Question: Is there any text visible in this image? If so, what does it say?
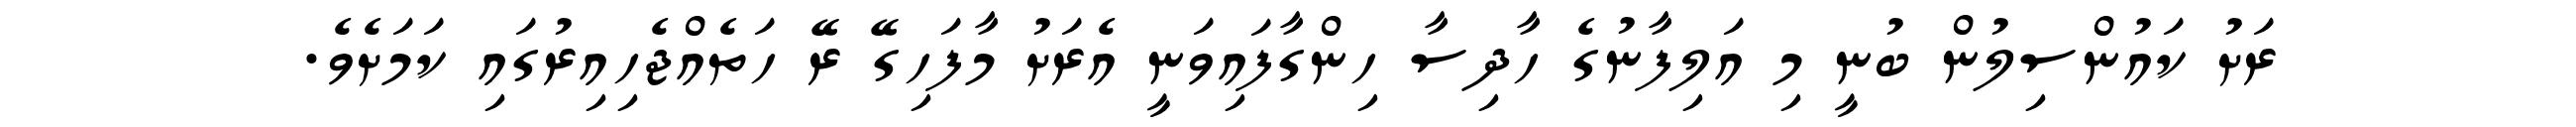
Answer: ރަށު ކައުންސިލުން ބުނީ މި އަލިފާނުގެ ހާދިސާ ހިންގާފައިވަނީ އެރަށު މާފަހިގޭ ރޭ ހަތެއްޖެހިއިރުގައި ކަމަށެވެ.